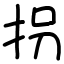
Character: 拐